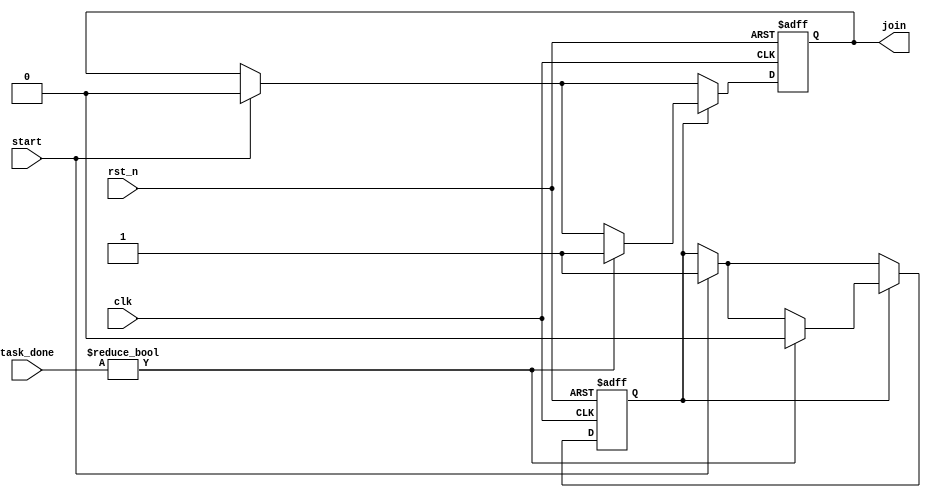
module ForkJoinAny #(
    parameter NUM_TASKS = 4 // Number of concurrent tasks
)(
    input wire clk,                      // Clock signal
    input wire rst_n,                    // Active-low reset signal
    input wire start,                    // Start signal to initiate tasks
    input wire [NUM_TASKS-1:0] task_done, // Task completion signals
    output reg join                      // Join signal indicating at least one task has completed
);

    // State definitions
    reg active; // Indicates if tasks have been started

    // Sequential logic for managing the Fork-Join behavior
    always @(posedge clk or negedge rst_n) begin
        if (!rst_n) begin
            // Reset state
            join <= 1'b0;
            active <= 1'b0;
        end else begin
            if (start) begin
                // Start the concurrent tasks
                join <= 1'b0; // Reset join signal on start
                active <= 1'b1; // Set active flag
            end

            // Monitor task completion
            if (active) begin
                // Check if any task has completed
                if (task_done != 0) begin
                    join <= 1'b1; // Assert join signal if any task is done
                    active <= 1'b0; // Clear active flag
                end
            end
        end
    end

endmodule